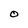
Character: O